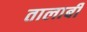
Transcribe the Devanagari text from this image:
तालाबी